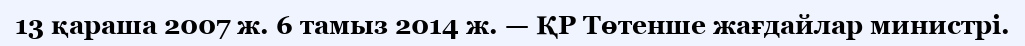
13 қараша 2007 ж. 6 тамыз 2014 ж. — ҚР Төтенше жағдайлар министрі.